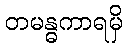
တမန္ဓကာရမှိ